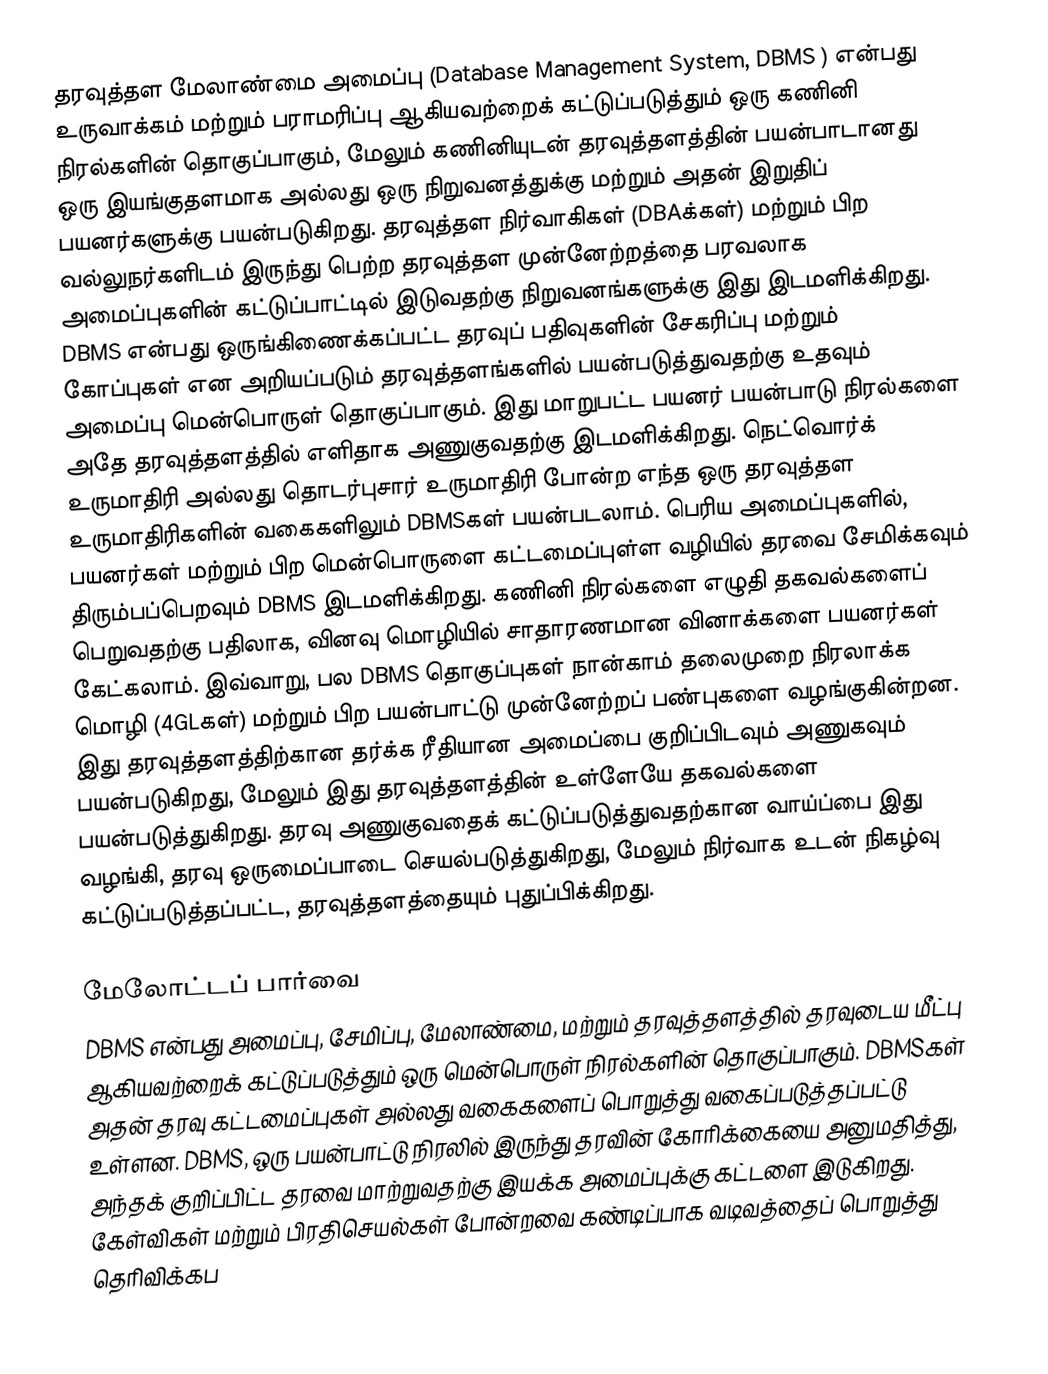
தரவுத்தள மேலாண்மை அமைப்பு (Database Management System, DBMS ) என்பது உருவாக்கம் மற்றும் பராமரிப்பு ஆகியவற்றைக் கட்டுப்படுத்தும் ஒரு கணினி நிரல்களின் தொகுப்பாகும், மேலும் கணினியுடன் தரவுத்தளத்தின் பயன்பாடானது ஒரு இயங்குதளமாக அல்லது ஒரு நிறுவனத்துக்கு மற்றும் அதன் இறுதிப் பயனர்களுக்கு பயன்படுகிறது. தரவுத்தள நிர்வாகிகள் (DBAக்கள்) மற்றும் பிற வல்லுநர்களிடம் இருந்து பெற்ற தரவுத்தள முன்னேற்றத்தை பரவலாக அமைப்புகளின் கட்டுப்பாட்டில் இடுவதற்கு நிறுவனங்களுக்கு இது இடமளிக்கிறது. DBMS என்பது ஒருங்கிணைக்கப்பட்ட தரவுப் பதிவுகளின் சேகரிப்பு மற்றும் கோப்புகள் என அறியப்படும் தரவுத்தளங்களில் பயன்படுத்துவதற்கு உதவும் அமைப்பு மென்பொருள் தொகுப்பாகும். இது மாறுபட்ட பயனர் பயன்பாடு நிரல்களை அதே தரவுத்தளத்தில் எளிதாக அணுகுவதற்கு இடமளிக்கிறது. நெட்வொர்க் உருமாதிரி அல்லது தொடர்புசார் உருமாதிரி போன்ற எந்த ஒரு தரவுத்தள உருமாதிரிகளின் வகைகளிலும் DBMSகள் பயன்படலாம். பெரிய அமைப்புகளில், பயனர்கள் மற்றும் பிற மென்பொருளை கட்டமைப்புள்ள வழியில் தரவை சேமிக்கவும் திரும்பப்பெறவும் DBMS இடமளிக்கிறது. கணினி நிரல்களை எழுதி தகவல்களைப் பெறுவதற்கு பதிலாக, வினவு மொழியில் சாதாரணமான வினாக்களை பயனர்கள் கேட்கலாம். இவ்வாறு, பல DBMS தொகுப்புகள் நான்காம் தலைமுறை நிரலாக்க மொழி (4GLகள்) மற்றும் பிற பயன்பாட்டு முன்னேற்றப் பண்புகளை வழங்குகின்றன. இது தரவுத்தளத்திற்கான தர்க்க ரீதியான அமைப்பை குறிப்பிடவும் அணுகவும் பயன்படுகிறது, மேலும் இது தரவுத்தளத்தின் உள்ளேயே தகவல்களை பயன்படுத்துகிறது. தரவு அணுகுவதைக் கட்டுப்படுத்துவதற்கான வாய்ப்பை இது வழங்கி, தரவு ஒருமைப்பாடை செயல்படுத்துகிறது, மேலும் நிர்வாக உடன் நிகழ்வு கட்டுப்படுத்தப்பட்ட, தரவுத்தளத்தையும் புதுப்பிக்கிறது.

மேலோட்டப் பார்வை
DBMS என்பது அமைப்பு, சேமிப்பு, மேலாண்மை, மற்றும் தரவுத்தளத்தில் தரவுடைய மீட்பு ஆகியவற்றைக் கட்டுப்படுத்தும் ஒரு மென்பொருள் நிரல்களின் தொகுப்பாகும். DBMSகள் அதன் தரவு கட்டமைப்புகள் அல்லது வகைகளைப் பொறுத்து வகைப்படுத்தப்பட்டு உள்ளன. DBMS, ஒரு பயன்பாட்டு நிரலில் இருந்து தரவின் கோரிக்கையை அனுமதித்து, அந்தக் குறிப்பிட்ட தரவை மாற்றுவதற்கு இயக்க அமைப்புக்கு கட்டளை இடுகிறது. கேள்விகள் மற்றும் பிரதிசெயல்கள் போன்றவை கண்டிப்பாக வடிவத்தைப் பொறுத்து தெரிவிக்கப